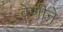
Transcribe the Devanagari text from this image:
वेणीने